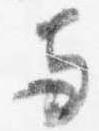
両